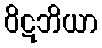
ဝိဋဘိယာ